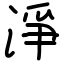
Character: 淨